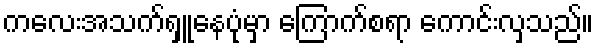
ကလေးအသက်ရှူနေပုံမှာ ကြောက်စရာ ကောင်းလှသည်။